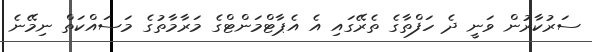
ސަރުކާރުން ވަނީ ދެ ހަފްތާގެ ތެރޭގައި އެ އެޕާޓްމަންޓްގެ މަރާމާތުގެ މަސައްކަތް ނިމޭނެ